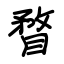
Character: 瞀